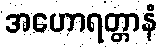
အဟောရတ္တာနံ